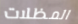
المظلات